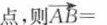
点，则 $$\overrightarrow { A B } =$$